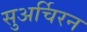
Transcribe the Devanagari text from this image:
सुअर्चिरन